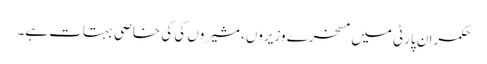
حکمران پارٹی میں مسخرے وزیروں، مشیروں کی کی خاصی بہتات ہے۔